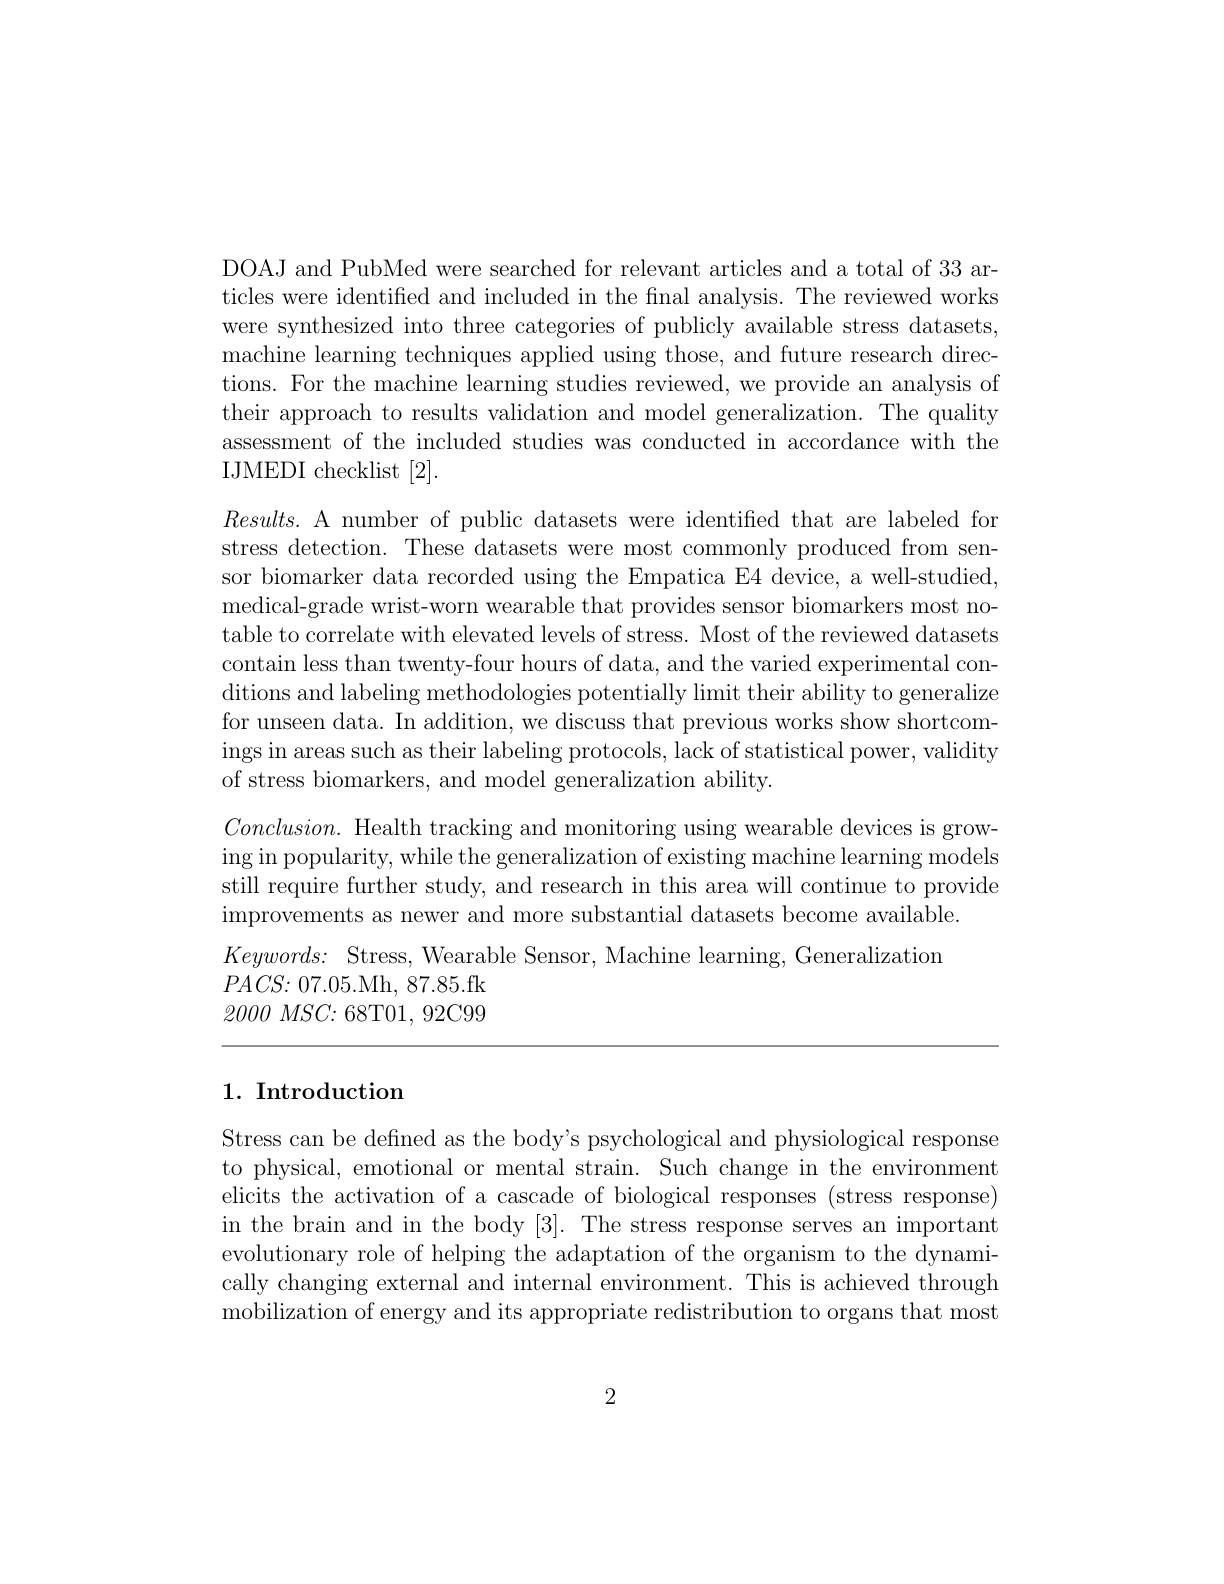
DOAJ and PubMed were searched for relevant articles and a total of 33 articles were identified and included in the fnal analysis. The reviewed works were synthesized into three categories of publicly available stress datasets, machine learning techniques applied using those, and future research directions. For the machine learning studies reviewed, we provide an analysis of their approach to results validation and model generalization. The quality assessment of the included studies was conducted in accordance with the IJMEDI checklist [2].

$Results.$ A number of public datasets were identified that are labeled for stress detection. These datasets were most commonly produced from sensor biomarker data recorded using the Empatica E4 device, a well-studied, medical-grade wrist-worn wearable that provides sensor biomarkers most notable to correlate with elevated levels of stress. Most of the reviewed datasets contain less than twenty-four hours of data, and the varied experimental conditions and labeling methodologies potentially limit their ability to generalize for unseen data. In addition, we discuss that previous works show shortcomings in areas such as their labeling protocols, lack of statistical power, validity of stress biomarkers, and model generalization ability.
$Conclusion.$ Health tracking and monitoring using wearable devices is growing in popularity, while the generalization of existing machine learning models still require further study, and research in this area will continue to provide

improvements as newer and more substantial datasets become available. $Keywords{: }$ Stress, Wearable Sensor, Machine learning, Generalization $PACS{:}07.05.$Mh, 87.85.fk $2000~MSC{:}~68$T$01,~92$C99

## 1. Introduction

Stress can be defined as the body's psychological and physiological response to physical, emotional or mental strain. Such change in the environment elicits the activation of a cascade of biological responses (stress response) in the brain and in the body [3]. The stress response serves an important evolutionary role of helping the adaptation of the organism to the dynamically changing external and internal environment. This is achieved through mobilization of energy and its appropriate redistribution to organs that most

2